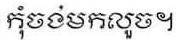
កុំចង់មកលួច។